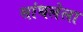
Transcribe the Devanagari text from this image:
सांधलेला